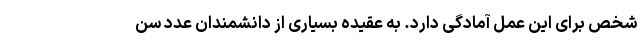
شخص برای این عمل آمادگی دارد. به عقیده بسیاری از دانشمندان عدد سن